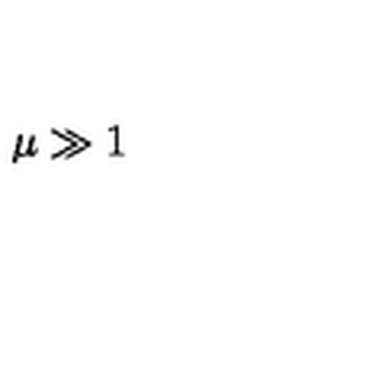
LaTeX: \mu \gg 1 \protect \protect \protect \protect